Medical and sanitary report of the native army of Bengal for the year
Year: 1875
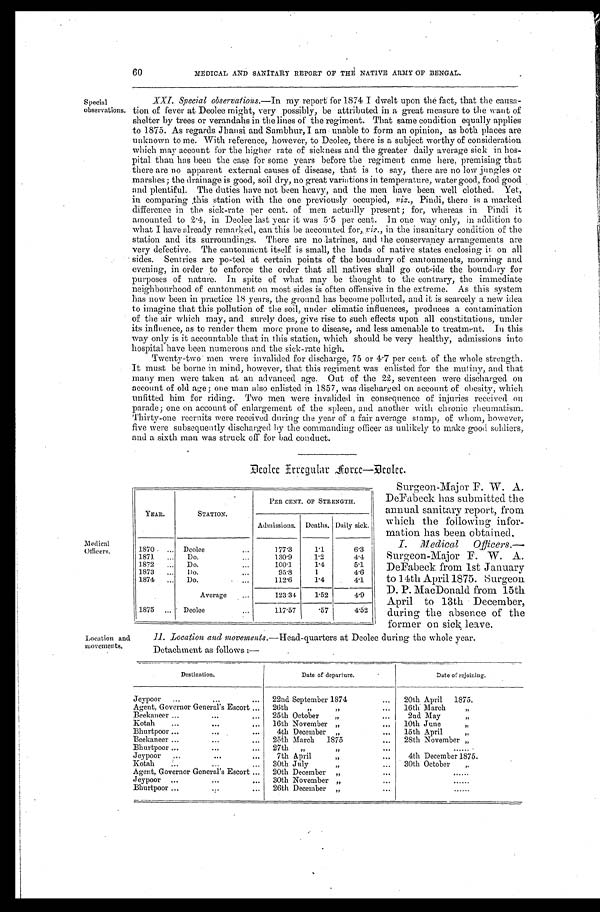
60
MEDICAL AND SANITARY REPORT OF THE NATIVE ARMY OF BENGAL.
Special
observations.
XXI. Special observations.— In my report for 1874 I dwelt upon the fact, that the causa
-tion of fever at Deolee might, very possibly, be attributed in a great measure to the want of
shelter by trees or verandahs in the lines of the regiment. That same condition equally applies
to 1875. As regards Jhansi and Sambhur, I am unable to form an opinion, as both places are
unknown to me. With reference, however, to Deolee, there is a subject worthy of consideration
which may account for the higher rate of sickness and the greater daily average sick in hos
-pital than has been the case for some years before the regiment came here, premising that
there are no apparent external causes of disease, that is to say, there are no low jungles or
marshes; the drainage is good, soil dry, no great variations in temperature, water good, food good
and plentiful. The duties have not been heavy, and the men have been well clothed. Yet,
in comparing this station with the one previously occupied, viz., Pindi, there is a marked
difference in the sick-rate per cent of men actually present; for, whereas in Pindi it
amounted to 2.4., in Deolee last year it was 5.5 per cent. In one way only, in addition to
what I have already remarked, can this be accounted for, viz., in the insanitary condition of the
station and its surroundings. There are no latrines, and the conservancy arrangements are
very defective. The cantonment itself is small, the lands of native states enclosing it on all
sides. Sentries are posted at certain points of the boundary of cantonments, morning and
evening, in order to enforce the order that all natives shall go outside the boundary for
purposes of nature. In spite of what may be thought to the contrary, the immediate
neighbourhood of cantonment on most sides is often offensive in the extreme. As this system
has now been in practice 18 years, the ground has become polluted, and it is scarcely a new idea
to imagine that this pollution of tile soil, under climatic influences, produces a contamination
of the air which may, and surely does, give rise to such effects upon all constitutions, under
its influence, as to render them more prone to disease, and less amenable to treatment. In this
way only is it accountable that in this station, which should be very healthy, admissions into
hospital have been numerous and the sick-rate high.
Twenty-two men were invalided for discharge, 75 or 4.7 per cent of the whole strength.
It must be borne in mind, however, that this regiment was enlisted for the mutiny, and that
many men were taken at an advanced age. Out of the 22, seventeen were discharged on
account of old age; one man also enlisted in 1857, was discharged on account of obesity, which
unfitted him for riding. Two men were invalided in consequence of injuries received on
parade; one on account of enlargement of the spleen, and another with chronic rheumatism.
Thirty-one recruits were received during the year of a fair average stamp, of whom, however,
five were subsequently discharged by the commanding officer as unlikely to make good soldiers,
and a sixth man was struck off for bad conduct.
Deolee Irregular Force—Deolee.
Medical
Officers.
YEAR.
STATION.
PER CENT OF STRENGTH.
Admissions. Deaths. Daily sick.
1870 . . . Deolee . . .
177.3
1.1
6.3
1871 . . .
D o . . . .
130.9
1.2
4.4
1872 . . .
Do. . . .
100. 1
1.4
5.1
1873 . . .
Do. . . .
95.8
1
4.6
1874 . . .
Do. . . .
112. 6
1.4
4.1
Average
123.34
1.52
4.9
1875 . . . Deolee . . .
117.57
.57
4.52
Surgeon-Major F. W. A.
DeFabeck has submitted the
annual sanitary report, from
which the following infor-
mation has been obtained.
I. Medical Officers.—
Surgeon-Major F. W. A.
DeFabeck from 1st January
to 14th April 1875. surgeon
D. P. MacDonald from 15th
April to 13th December,
during the absence of the
former on sick leave.
Location and
movements.
II. Location and movements.—Head-quarters at Deolee during the whole year.
Detachment as follows :—
D e s t i n a t i o n .
Date of departure.
Date of rejoining.
Jeypoor . . .
22nd September 1874 . . .
20th April 1875.
Agent, Governor General's Escort . . .
26th " " . . .
16t h Mar ch "
Beekaneer . . .
25th October " . . .
2nd May "
Kotah . . .
16th November : . . .
10th June "
Bhurtpoor . . .
4th December " . . .
15th April "
Beekaneer . . .
25th March 1875 . . .
2St h November "
Bhurtpoor . . .
27th " " . . .
. . .
Jeypoor . . .
7th April " . . .
4th December 1875.
Kotah . . .
30th July " . . .
30t h Oct ober "
Agent, Governor General's Escort . . .
20th December ". . .
. . .
Jeypoor . . .
30t h November " . . .
. . .
Bhurtpoor . . .
26th December " . . .
. . .